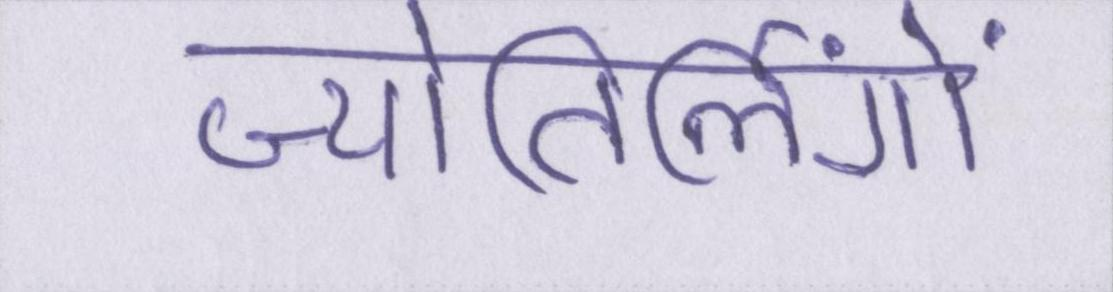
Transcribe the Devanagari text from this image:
ज्योतिर्लिंगों